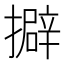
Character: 擗